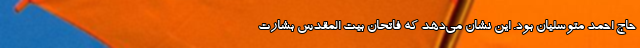
حاج احمد متوسلیان بود. این نشان می‌دهد که فاتحان بیت المقدس بشارت